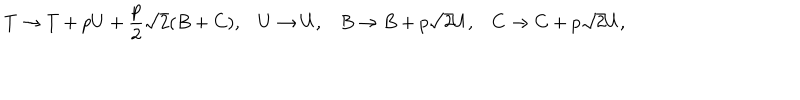
LaTeX: T \rightarrow T + p U + \frac { p } { 2 } \sqrt { 2 } ( B + C ) , U \rightarrow U , B \rightarrow B + p \sqrt { 2 } U , C \rightarrow C + p \sqrt { 2 } U ,